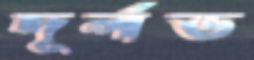
দূর্লভ